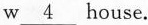
w___house.